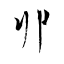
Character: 丱